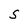
Character: s